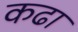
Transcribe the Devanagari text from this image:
कढा